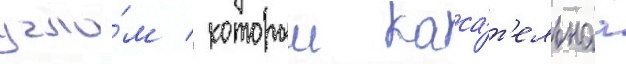
угло́м / которыи каса́т'ельнаа